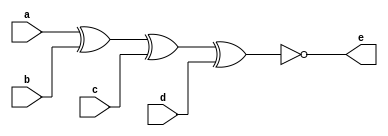
// ---------------------------
// Nome: Caio Ragacci Pimentel
// --------------------------


//---------------------------
// --- Guia 01 - XNORgate ---
//---------------------------

module xnorgate (e, a ,b ,c ,d);
	
	output e;
	input  a, b, c ,d;
	
	assign e = (~(a^b^c^d));

endmodule // xnorgate


//---------------------------
// --- Teste - XNORgate ---
//---------------------------

module testexnorgate;

	reg  a, b, c, d;
	wire e;
	
	//instancia
	xnorgate XNOR1 (e, a ,b ,c ,d);
	
	//parte principal
	
	initial begin
		
	$display ("\n Guia 01 - Caio Ragacci Pimentel - 405794");
	$display (" TESTE - Porta XNOR ");
	$display ("\n a ^ b ^ c ^ d = ~e \n");
#1		a = 0; b = 0; c = 0; d = 0;
#1	$display ("%b ^ %b ^ %b ^ %b = %b", a ,b ,c ,d ,e);
#1		a = 0; b = 0; c = 0; d = 1;
#1	$display ("%b ^ %b ^ %b ^ %b = %b", a ,b ,c ,d ,e);
#1		a = 0; b = 0; c = 1; d = 0;
#1	$display ("%b ^ %b ^ %b ^ %b = %b", a ,b ,c ,d ,e);
#1		a = 0; b = 0; c = 1; d = 1;
#1	$display ("%b ^ %b ^ %b ^ %b = %b", a ,b ,c ,d ,e);
#1		a = 0; b = 1; c = 0; d = 0;
#1	$display ("%b ^ %b ^ %b ^ %b = %b", a ,b ,c ,d ,e);
#1		a = 0; b = 1; c = 0; d = 1;
#1	$display ("%b ^ %b ^ %b ^ %b = %b", a ,b ,c ,d ,e);
#1		a = 0; b = 1; c = 1; d = 0;
#1	$display ("%b ^ %b ^ %b ^ %b = %b", a ,b ,c ,d ,e);
#1		a = 0; b = 1; c = 1; d = 1;
#1	$display ("%b ^ %b ^ %b ^ %b = %b", a ,b ,c ,d ,e);
#1		a = 1; b = 0; c = 0; d = 0;
#1	$display ("%b ^ %b ^ %b ^ %b = %b", a ,b ,c ,d ,e);
#1		a = 1; b = 0; c = 0; d = 1;
#1	$display ("%b ^ %b ^ %b ^ %b = %b", a ,b ,c ,d ,e);
#1		a = 1; b = 0; c = 1; d = 0;
#1	$display ("%b ^ %b ^ %b ^ %b = %b", a ,b ,c ,d ,e);
#1		a = 1; b = 0; c = 1; d = 1;
#1	$display ("%b ^ %b ^ %b ^ %b = %b", a ,b ,c ,d ,e);
#1		a = 1; b = 1; c = 0; d = 0;
#1	$display ("%b ^ %b ^ %b ^ %b = %b", a ,b ,c ,d ,e);
#1		a = 1; b = 1; c = 0; d = 1;
#1	$display ("%b ^ %b ^ %b ^ %b = %b", a ,b ,c ,d ,e);
#1		a = 1; b = 1; c = 1; d = 0;
#1	$display ("%b ^ %b ^ %b ^ %b = %b", a ,b ,c ,d ,e);
#1		a = 1; b = 1; c = 1; d = 1;
#1	$display ("%b ^ %b ^ %b ^ %b = %b", a ,b ,c ,d ,e);	
	
	end
	
endmodule // testexnorgate 


//-------------------------------------------------------------------------------------------------------------